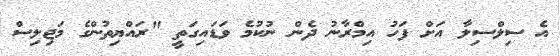
އެ ސިލްސިލާ އަށް ފަހު އިމްރާނު ދެން ނުކުމެ ވަޑައިގަތީ "ރައްޔިތުންގެ މަޖިލިސް